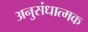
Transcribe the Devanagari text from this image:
अनुसंधात्मक